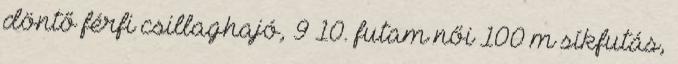
döntő férfi csillaghajó, 9–10. futam női 100 m síkfutás,